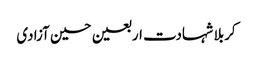
کربلا شہادت اربعین حسین آزادی